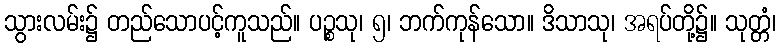
သွားလမ်း၌ တည်သောပင့်ကူသည်။ ပဉ္စသု၊ ၅၊ ဘက်ကုန်သော။ ဒိသာသု၊ အရပ်တို့၌။ သုတ္တံ၊